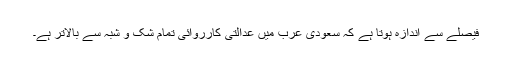
فیصلے سے اندازہ ہوتا ہے کہ سعودی عرب میں عدالتی کارروائی تمام شک و شبہ سے بالاتر ہے۔